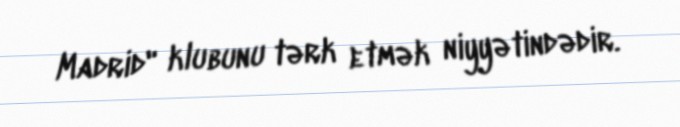
Madrid" klubunu tərk etmək niyyətindədir.